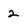
Character: 2